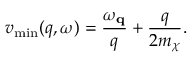
v _ { \mathrm { m i n } } ( q , \omega ) = \frac { \omega _ { \mathbf { q } } } { q } + \frac { q } { 2 m _ { \chi } } .